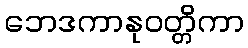
ဘေဒကာနုဝတ္တိကာ